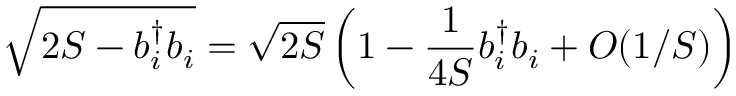
\sqrt { 2 S - b _ { i } ^ { \dag } b _ { i } } = \sqrt { 2 S } \left( 1 - \frac { 1 } { 4 S } b _ { i } ^ { \dag } b _ { i } + O ( 1 / S ) \right)